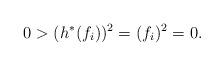
LaTeX: \begin{align*} 0 > (h^* (f_i))^2 = (f_i)^2 = 0.\end{align*}